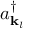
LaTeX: a _ { \mathbf { k } _ { l } } ^ { \dagger }